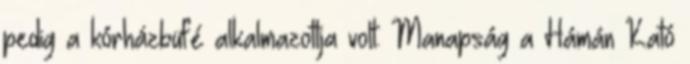
pedig a kórházbüfé alkalmazottja volt. Manapság a Hámán Kató